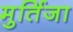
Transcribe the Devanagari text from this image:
मुर्तिजा